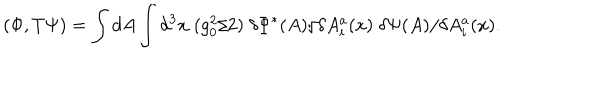
LaTeX: ( \Phi , T \Psi ) = \int d A \int d ^ { 3 } x \; ( g _ { 0 } ^ { 2 } / 2 ) \; \delta \Phi ^ { * } ( A ) / \delta A _ { i } ^ { a } ( x ) \; \delta \Psi ( A ) / \delta A _ { i } ^ { a } ( x ) .